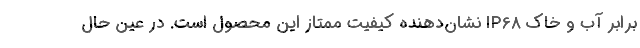
برابر آب و خاک IP68 نشان‌دهنده کیفیت ممتاز این محصول است. در عین حال